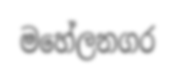
මහේලනගර